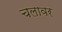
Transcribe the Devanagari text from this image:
चलावर